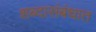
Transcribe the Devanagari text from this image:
शब्दासंबंधात